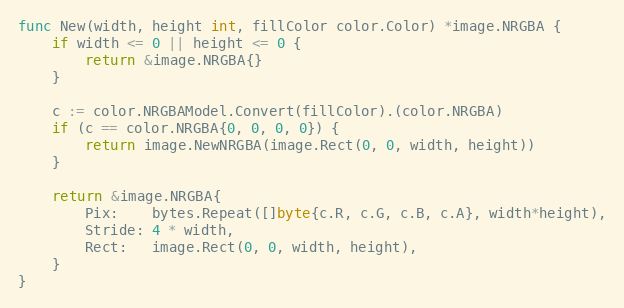
Language: Go
func New(width, height int, fillColor color.Color) *image.NRGBA {
	if width <= 0 || height <= 0 {
		return &image.NRGBA{}
	}

	c := color.NRGBAModel.Convert(fillColor).(color.NRGBA)
	if (c == color.NRGBA{0, 0, 0, 0}) {
		return image.NewNRGBA(image.Rect(0, 0, width, height))
	}

	return &image.NRGBA{
		Pix:    bytes.Repeat([]byte{c.R, c.G, c.B, c.A}, width*height),
		Stride: 4 * width,
		Rect:   image.Rect(0, 0, width, height),
	}
}